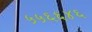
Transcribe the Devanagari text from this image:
५५६६४६